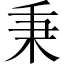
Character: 秉